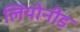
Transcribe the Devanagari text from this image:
लियोनीड